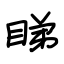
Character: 睇